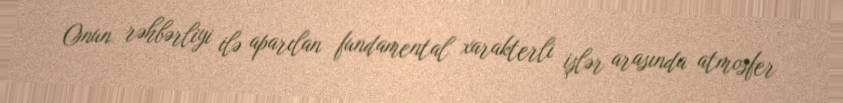
Onun rəhbərliyi ilə aparılan fundamental xarakterli işlər arasında atmosfer